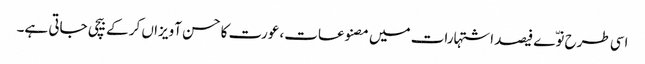
اسی طرح نوّے فیصد اشتہارات میں مصنوعات، عورت کا حسن آویزاں کر کے بیچی جاتی ہے۔